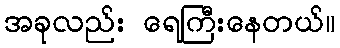
အခုလည်း ရေကြီးနေတယ်။